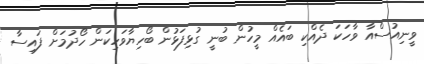
ވީނިއުސްއާ ވާހަކަ ދެއްކި ބައެއް މީހުން ބުނީ ގުޅިފަޅުން ބޯހިޔާވަހިކަން ހޯދުމަށް ފައިސާ